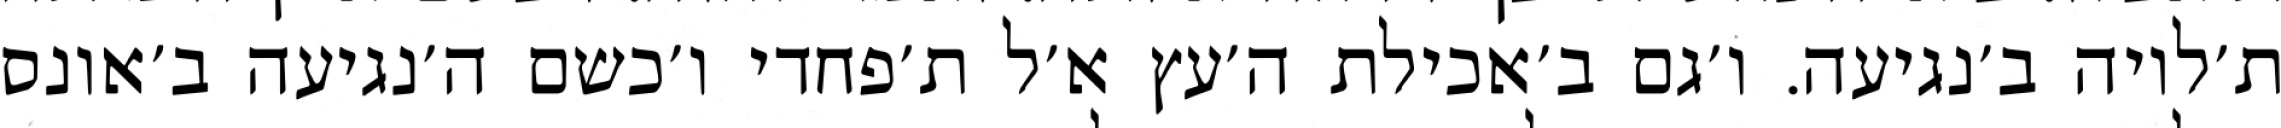
ת׳לויה ב׳נגיעה. ו׳גם ב׳אכילת ה׳עץ א׳ל ת׳פחדי ו׳כשם ה׳נגיעה ב׳אונס